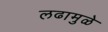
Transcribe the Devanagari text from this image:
लढामुळे